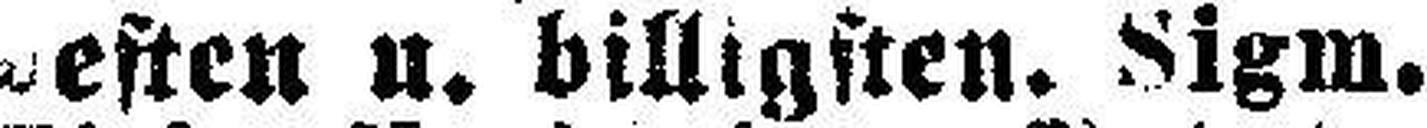
besten u. billigsten, Sigm.